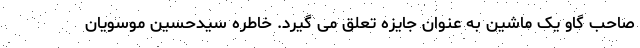
صاحب گاو یک ماشین به عنوان جایزه تعلق می گیرد. خاطره سیدحسین موسویان